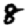
Digit: 8